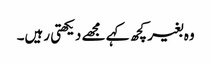
وہ بغیر کچھ کہے مجھے دیکھتی رہیں‌۔